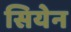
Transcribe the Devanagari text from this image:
सियेन